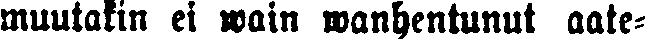
muutakin ei wain wanhentunut aate-